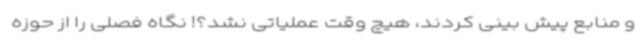
و منابع پیش بینی کردند، هیچ وقت عملیاتی نشد؟! نگاه فصلی را از حوزه